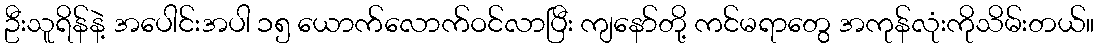
ဦးသူရိန်နဲ့ အပေါင်းအပါ ၁၅ ယောက်လောက်ဝင်လာပြီး ကျနော်တို့ ကင်မရာတွေ အကုန်လုံးကိုသိမ်းတယ်။